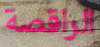
الراقصة